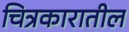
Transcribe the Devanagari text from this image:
चित्रकारातील